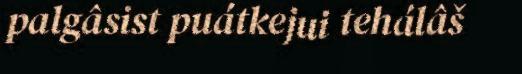
palgâsist puátkejui tehálâš